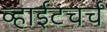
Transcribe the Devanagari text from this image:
व्हाईटचर्च